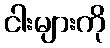
ငါးများကို